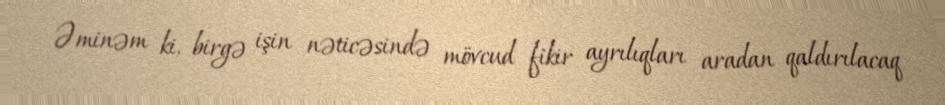
Əminəm ki, birgə işin nəticəsində mövcud fikir ayrılıqları aradan qaldırılacaq